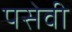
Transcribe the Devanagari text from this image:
पसेवी